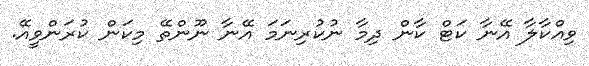
ވިއްކާލާ އޭނާ ކަޓް ކާން ދިމާ ނުކުރިނަމަ އޭނާ ނޫންތޭ މިކަން ކުރަންވީއޭ.